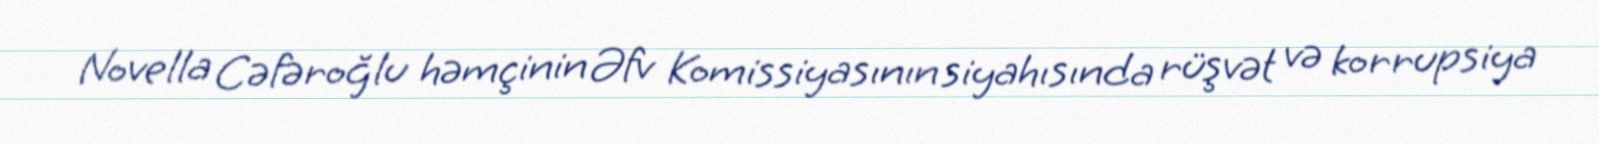
Novella Cəfəroğlu həmçinin Əfv Komissiyasının siyahısında rüşvət və korrupsiya